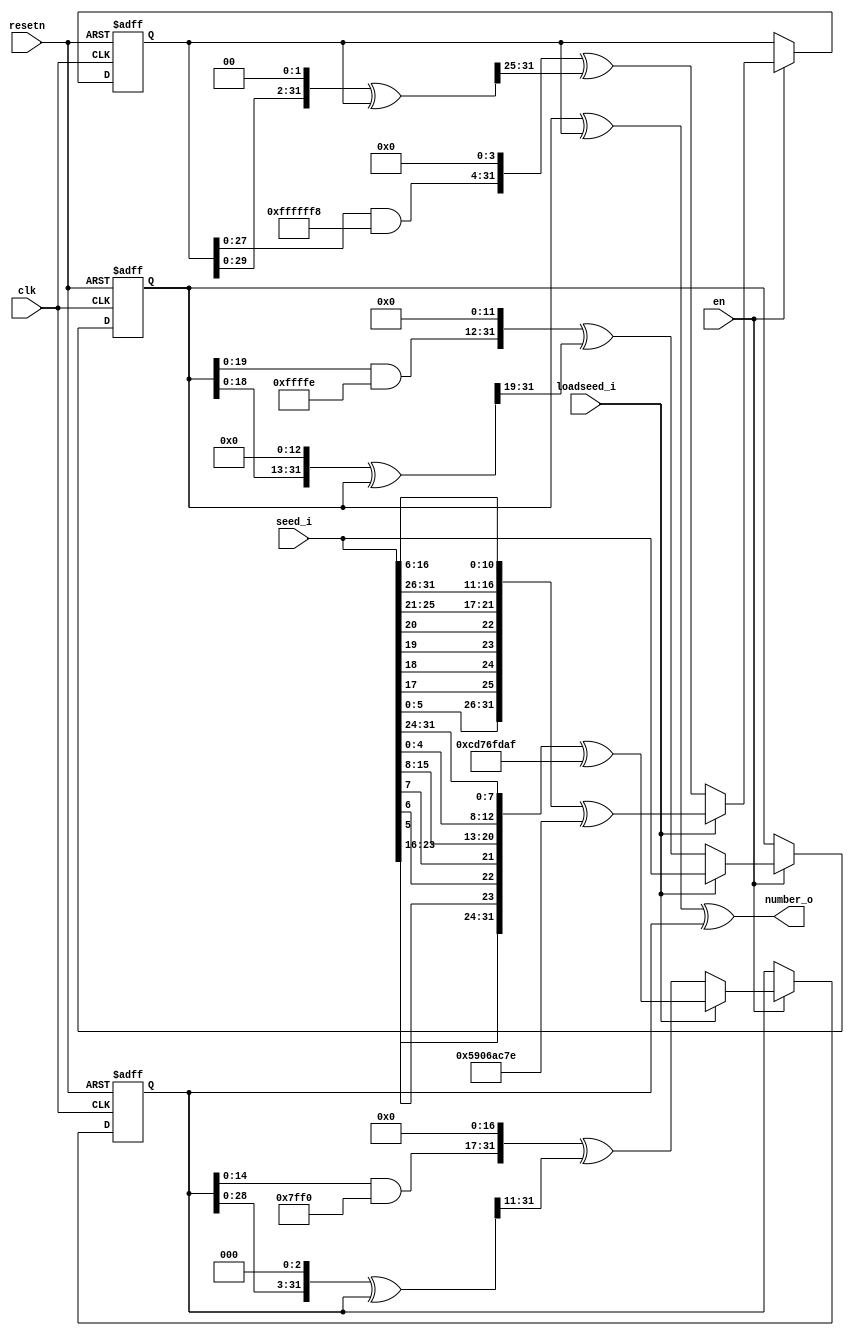
module rng_1(clk, en, resetn,loadseed_i,seed_i,number_o);
input clk;
input resetn;
input en; 
input loadseed_i;
input [31:0] seed_i;
output [31:0] number_o;
wire [31:0] number_o;
reg [31:0] c_b1, c_b2, c_b3;
reg [31:0] c_s1, c_s2, c_s3;
reg [31:0] r_s1, r_s2, r_s3;
assign number_o = r_s1 ^ r_s2 ^ r_s3;
always @(loadseed_i or seed_i or r_s1 or r_s2 or r_s3)
begin
	if(loadseed_i)
	begin
		c_b1 = 32'b0;
		c_s1 = seed_i;
		c_b2 = 32'b0;
		c_s2 = {seed_i[5:0], seed_i[17], seed_i[18], seed_i[19], seed_i[20], seed_i[25:21], seed_i[31:26], seed_i[16:6]} ^ 32'd1493609598;
		c_b3 = 32'b0;
		c_s3 = {seed_i[23:16], seed_i[5], seed_i[6], seed_i[7], seed_i[15:8], seed_i[4:0], seed_i[31:24]} ^ 32'd3447127471;
	end
	else
	begin
		c_b1 = (((r_s1 << 13) ^ r_s1) >> 19);
		c_s1 = (((r_s1 & 32'd4294967294) << 12) ^ c_b1);
		c_b2 = (((r_s2 << 2) ^ r_s2) >> 25);
		c_s2 = (((r_s2 & 32'd4294967288) << 4) ^ c_b2);
		c_b3 = (((r_s3 << 3) ^ r_s3) >> 11);
		c_s3 = (((r_s3 & 32'd4294967280) << 17) ^ c_b3);
	end
end
always @(posedge clk or negedge resetn)
   begin
   if (!resetn )
      begin
      r_s1 <= 32'b0;
	  r_s2 <= 32'b0;
	  r_s3 <= 32'b0;
      end
   else if (en)   
      begin
		  r_s1 <= c_s1;
		  r_s2 <= c_s2;
		  r_s3 <= c_s3;
	  end
   end
endmodule